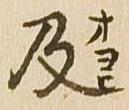
及